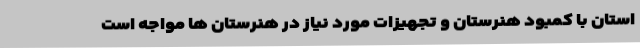
استان با کمبود هنرستان و تجهیزات مورد نیاز در هنرستان ها مواجه است